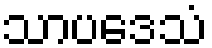
သာပဒေသံ